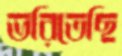
ভরিতেছি